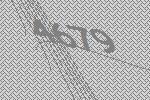
4679